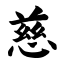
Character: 慈